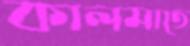
কালমাতে